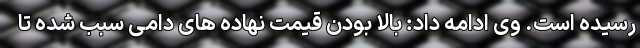
رسیده است. وی ادامه داد: بالا بودن قیمت نهاده های دامی سبب شده تا